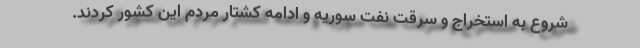
شروع به استخراج و سرقت نفت سوریه و ادامه کشتار مردم این کشور کردند.